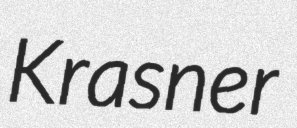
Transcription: Krasner